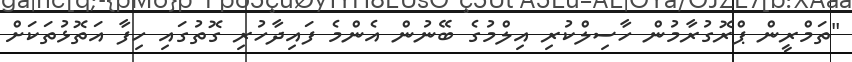
"ތަމްރީން ޕްރޮގުރާމުން ހާސިލްކުރި އިލްމުގެ ބޭނުން އެންމެ ފައިދާހުރި ގޮތުގައި ހިފާ އަތޮޅުތަކަށް